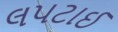
લપટાઈ